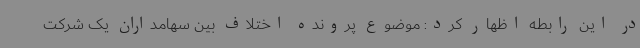
در این رابطه اظهار کرد: موضوع پرونده اختلاف بین سهامداران یک شرکت